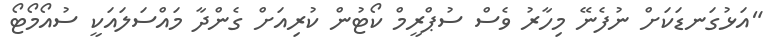
"އަޅުގަނޑަކަށް ނުފެނޭ މިހާރު ވެސް ސުޕްރީމް ކޯޓުން ކުރިއަށް ގެންދާ މައްސަލައަކީ ސުއޯމޯޓޯ